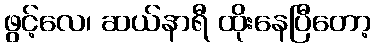
ဖွင့်လေ၊ ဆယ်နာရီ ထိုးနေပြီတော့